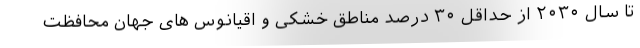
تا سال ۲۰۳۰ از حداقل ۳۰ درصد مناطق خشکی و اقیانوس های جهان محافظت